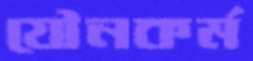
যৌনকর্ম